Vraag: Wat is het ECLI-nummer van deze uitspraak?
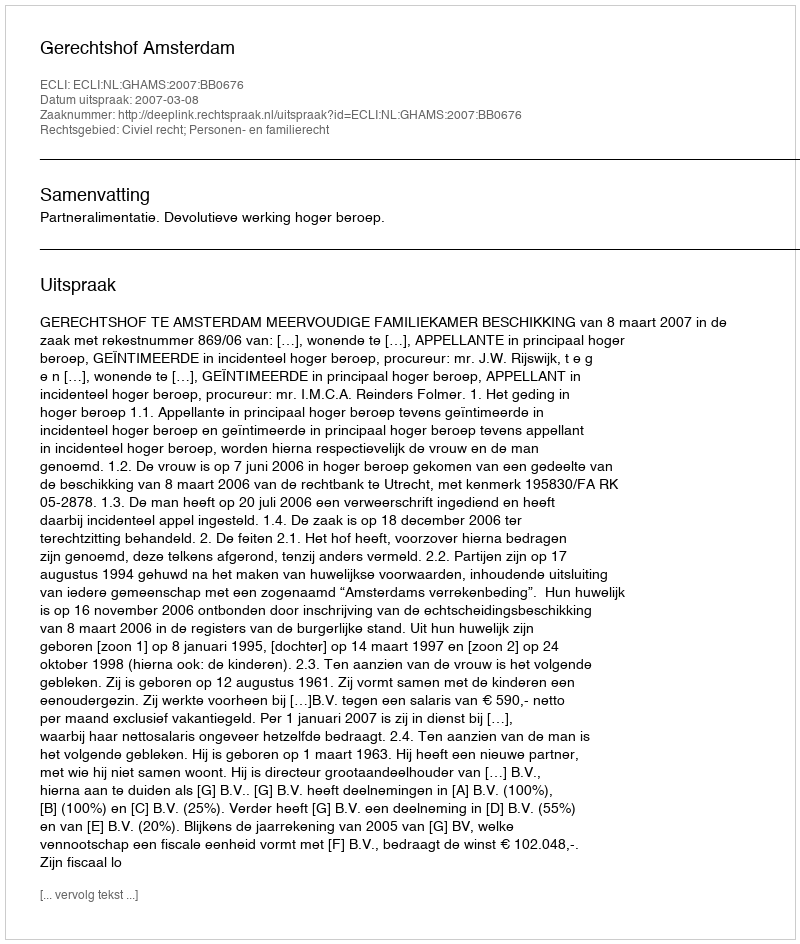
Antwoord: ECLI:NL:GHAMS:2007:BB0676